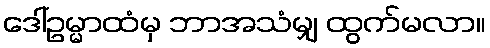
ဒေါ်ဥမ္မာထံမှ ဘာအသံမျှ ထွက်မလာ။